Civil Veterinary Department. United Provinces 1932-42 - 1932-1942
Year: 1932
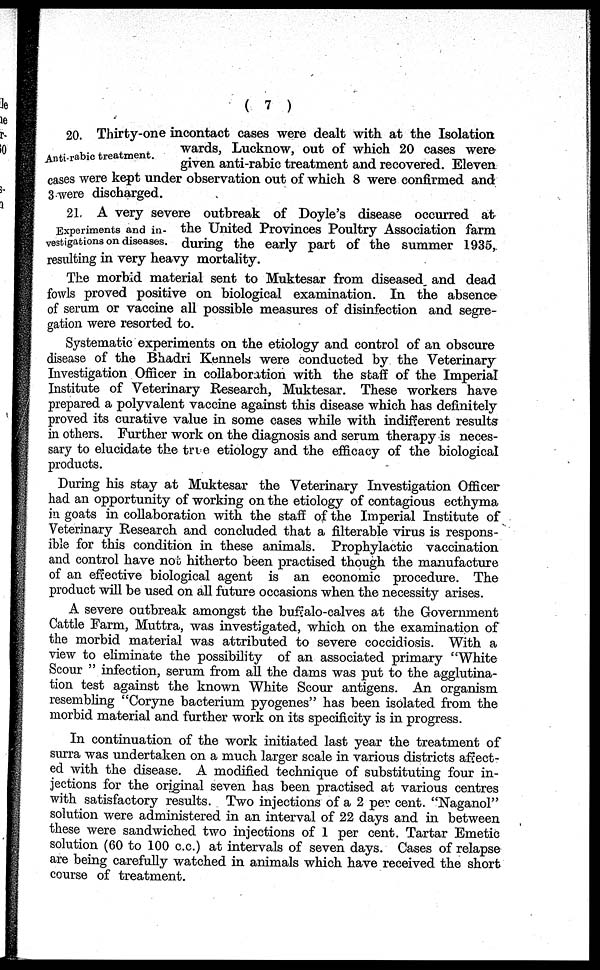
( 7 )
Anti-rabic treatment.
20. Thirty-one incontact cases were dealt with at the Isolation
wards, Lucknow, out of which 20 cases were
given anti-rabic treatment and recovered. Eleven
cases were kept under observation out of which 8 were confirmed and
3 were discharged.
Experiments and in-
vestigations on diseases.
21, A very severe outbreak of Doyle's disease occurred at
the United Provinces Poultry Association farm
during the early part of the summer 1935,.
resulting in very heavy mortality.
The morbid material sent to Muktesar from diseased and dead
fowls proved positive on biological examination. In the absence
of serum or vaccine all possible measures of disinfection and segre-
gation were resorted to.
Systematic experiments on the etiology and control of an obscure
disease of the Bhadri Kennels were conducted by the Veterinary
Investigation Officer in collaboration with the staff of the Imperial
Institute of Veterinary Research, Muktesar. These workers have
prepared a polyvalent vaccine against this disease which has definitely
proved its curative value in some cases while with indifferent results
in others. Further work on the diagnosis and serum therapy is neces-
sary to elucidate the true etiology and the efficacy of the biological
products.
During his stay at Muktesar the Veterinary Investigation Officer
had an opportunity of working on the etiology of contagious ecthyma
in goats in collaboration with the staff of the Imperial Institute of
Veterinary Research and concluded that a filterable virus is respons-
ible for this condition in these animals. Prophylactic vaccination
and control have not hitherto been practised though the manufacture
of an effective biological agent is an economic procedure. The
product will be used on all future occasions when the necessity arises.
A severe outbreak amongst the buffalo-calves at the Government
Cattle Farm, Muttra, was investigated, which on the examination of
the morbid material was attributed to severe coccidiosis. With a
view to eliminate the possibility of an associated primary "White
Scour " infection, serum from all the dams was put to the agglutina-
tion test against the known White Scour antigens. An organism
resembling "Coryne bacterium pyogenes" has been isolated from the
morbid material and further work on its specificity is in progress.
In continuation of the work initiated last year the treatment of
surra was undertaken on a much larger scale in various districts affect-
ed with the disease. A modified technique of substituting four in-
jections for the original seven has been practised at various centres
with satisfactory results. Two injections of a 2 per cent. "Naganol"
solution were administered in an interval of 22 days and in between
these were sandwiched two injections of 1 per cent. Tartar Emetic
solution (60 to 100 c.c.) at intervals of seven days. Cases of relapse
are being carefully watched in animals which have received the short
course of treatment.